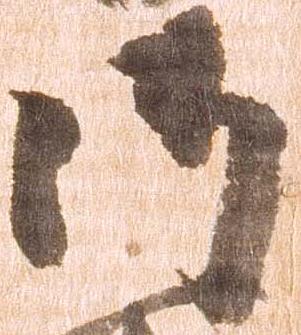
御